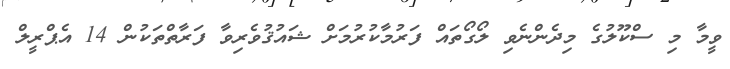
ވީމާ މި ސްކޫލުގެ މިދެންނެވި ލޯގޯތައް ފަރުމާކުރުމަށް ޝައުޤުވެރިވާ ފަރާތްތަކުން 14 އެޕްރީލް